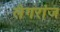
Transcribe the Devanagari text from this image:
लैगरांज